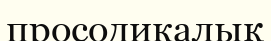
просодикалық